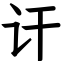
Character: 讦